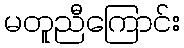
မတူညီကြောင်း